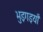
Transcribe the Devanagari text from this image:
भुइगइयाँ